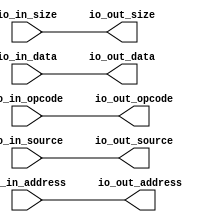
// Copyright (c) 2017, Microsemi Corporation
// All rights reserved.
//
// Redistribution and use in source and binary forms, with or without
// modification, are permitted provided that the following conditions are met:
//     * Redistributions of source code must retain the above copyright
//       notice, this list of conditions and the following disclaimer.
//     * Redistributions in binary form must reproduce the above copyright
//       notice, this list of conditions and the following disclaimer in the
//       documentation and/or other materials provided with the distribution.
//     * Neither the name of the <organization> nor the
//       names of its contributors may be used to endorse or promote products
//       derived from this software without specific prior written permission.
//
// THIS SOFTWARE IS PROVIDED BY THE COPYRIGHT HOLDERS AND CONTRIBUTORS "AS IS" AND
// ANY EXPRESS OR IMPLIED WARRANTIES, INCLUDING, BUT NOT LIMITED TO, THE IMPLIED
// WARRANTIES OF MERCHANTABILITY AND FITNESS FOR A PARTICULAR PURPOSE ARE
// DISCLAIMED. IN NO EVENT SHALL MICROSEMI CORPORATIONM BE LIABLE FOR ANY
// DIRECT, INDIRECT, INCIDENTAL, SPECIAL, EXEMPLARY, OR CONSEQUENTIAL DAMAGES
// (INCLUDING, BUT NOT LIMITED TO, PROCUREMENT OF SUBSTITUTE GOODS OR SERVICES;
// LOSS OF USE, DATA, OR PROFITS; OR BUSINESS INTERRUPTION) HOWEVER CAUSED AND
// ON ANY THEORY OF LIABILITY, WHETHER IN CONTRACT, STRICT LIABILITY, OR TORT
// (INCLUDING NEGLIGENCE OR OTHERWISE) ARISING IN ANY WAY OUT OF THE USE OF THIS
// SOFTWARE, EVEN IF ADVISED OF THE POSSIBILITY OF SUCH DAMAGE.
//
// APACHE LICENSE
// Copyright (c) 2017, Microsemi Corporation 
//
// Licensed under the Apache License, Version 2.0 (the "License");
// you may not use this file except in compliance with the License.
// You may obtain a copy of the License at
//
//    http://www.apache.org/licenses/LICENSE-2.0
//
// Unless required by applicable law or agreed to in writing, software
// distributed under the License is distributed on an "AS IS" BASIS,
// WITHOUT WARRANTIES OR CONDITIONS OF ANY KIND, either express or implied.
// See the License for the specific language governing permissions and
// limitations under the License.
//
// Description:
//
// SVN Revision Information:
// SVN $Revision: $
// SVN $Date: $
//
// Resolved SARs
// SAR      Date     Who   Description
//
// Notes:
//
// ****************************************************************************/
`ifndef RANDOMIZE_REG_INIT 
	 `define RANDOMIZE_REG_INIT 
 `endif
`ifndef RANDOMIZE_MEM_INIT 
	 `define RANDOMIZE_MEM_INIT 
 `endif
`ifndef RANDOMIZE 
	 `define RANDOMIZE 
`endif

`timescale 1ns/10ps
module MIV_RV32IMA_L1_AHB_C0_MIV_RV32IMA_L1_AHB_C0_0_MIV_RV32IMA_L1_AHB_IDENTITY_MODULE( // @[:freechips.rocketchip.system.MivRV32ImaL1AhbConfig.fir@49.2]
  input  [2:0]  io_in_opcode, // @[:freechips.rocketchip.system.MivRV32ImaL1AhbConfig.fir@52.4]
  input  [3:0]  io_in_size, // @[:freechips.rocketchip.system.MivRV32ImaL1AhbConfig.fir@52.4]
  input  [2:0]  io_in_source, // @[:freechips.rocketchip.system.MivRV32ImaL1AhbConfig.fir@52.4]
  input  [31:0] io_in_address, // @[:freechips.rocketchip.system.MivRV32ImaL1AhbConfig.fir@52.4]
  input  [31:0] io_in_data, // @[:freechips.rocketchip.system.MivRV32ImaL1AhbConfig.fir@52.4]
  output [2:0]  io_out_opcode, // @[:freechips.rocketchip.system.MivRV32ImaL1AhbConfig.fir@52.4]
  output [3:0]  io_out_size, // @[:freechips.rocketchip.system.MivRV32ImaL1AhbConfig.fir@52.4]
  output [2:0]  io_out_source, // @[:freechips.rocketchip.system.MivRV32ImaL1AhbConfig.fir@52.4]
  output [31:0] io_out_address, // @[:freechips.rocketchip.system.MivRV32ImaL1AhbConfig.fir@52.4]
  output [31:0] io_out_data // @[:freechips.rocketchip.system.MivRV32ImaL1AhbConfig.fir@52.4]
);
  assign io_out_opcode = io_in_opcode;
  assign io_out_size = io_in_size;
  assign io_out_source = io_in_source;
  assign io_out_address = io_in_address;
  assign io_out_data = io_in_data;
endmodule